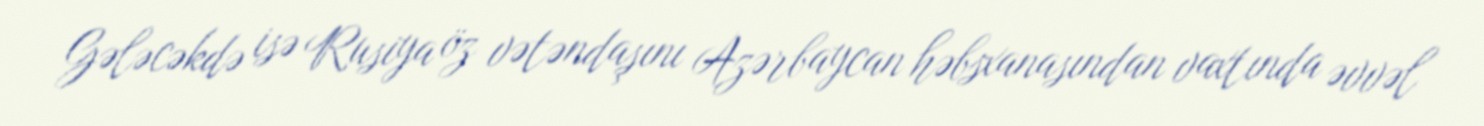
Gələcəkdə isə Rusiya öz vətəndaşını Azərbaycan həbsxanasından vaxtında əvvəl